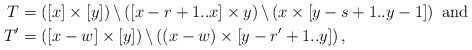
\begin{align*} T&=\left([x]\times [y]\right) \backslash \left( [x-r+1..x] \times y \right) \backslash \left( x \times [y-s+1..y-1] \right) \mbox{ and}\\ T'&=\left([x-w]\times [y]\right) \backslash \left( (x-w) \times [y-r'+1..y] \right) , \end{align*}